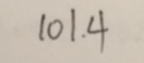
1 0 1 . 4